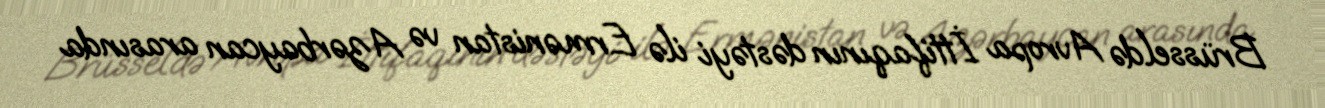
Brüsseldə Avropa İttifaqının dəstəyi ilə Ermənistan və Azərbaycan arasında